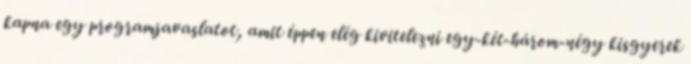
kapna egy programjavaslatot, amit éppen elég kivitelezni egy-két-három-négy kisgyerek